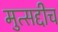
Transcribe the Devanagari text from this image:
मुत्सद्दीच